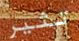
تثير